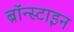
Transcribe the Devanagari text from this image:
ब्रॉन्स्टाइन